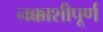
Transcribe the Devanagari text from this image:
नक्काशीपूर्ण